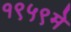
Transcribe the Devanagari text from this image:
१९५९मे